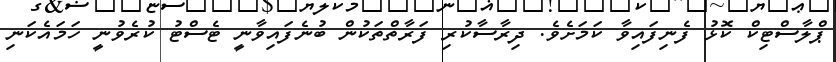
ޕްލާސްޓިކް ކޮޅު ފެނިފައިވާ ކަމަށެވެ. ދިރާސާކުރި ފަރާތްތަކުން ބުނެފައިވާނީ ޓެސްޓު ކުރެވުނީ ހަމައެކަނި